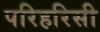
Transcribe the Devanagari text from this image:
परिहरिसी